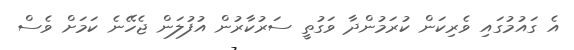
އެ ގައުމުގައި ވެރިކަން ކުރަމުންދާ ވަގުތީ ސަރުކާރުން އުފުލަން ޖެހޭނެ ކަމަށް ވެސް